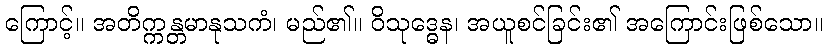
ကြောင့်။ အတိက္ကန္တမာနုသကံ၊ မည်၏။ ဝိသုဒ္ဓေန၊ အယူစင်ခြင်း၏ အကြောင်းဖြစ်သော။